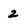
Character: 2